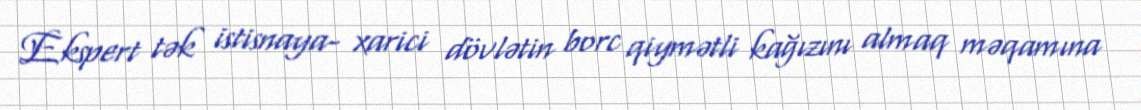
Ekspert tək istisnaya- xarici dövlətin borc qiymətli kağızını almaq məqamına